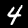
Digit: 4